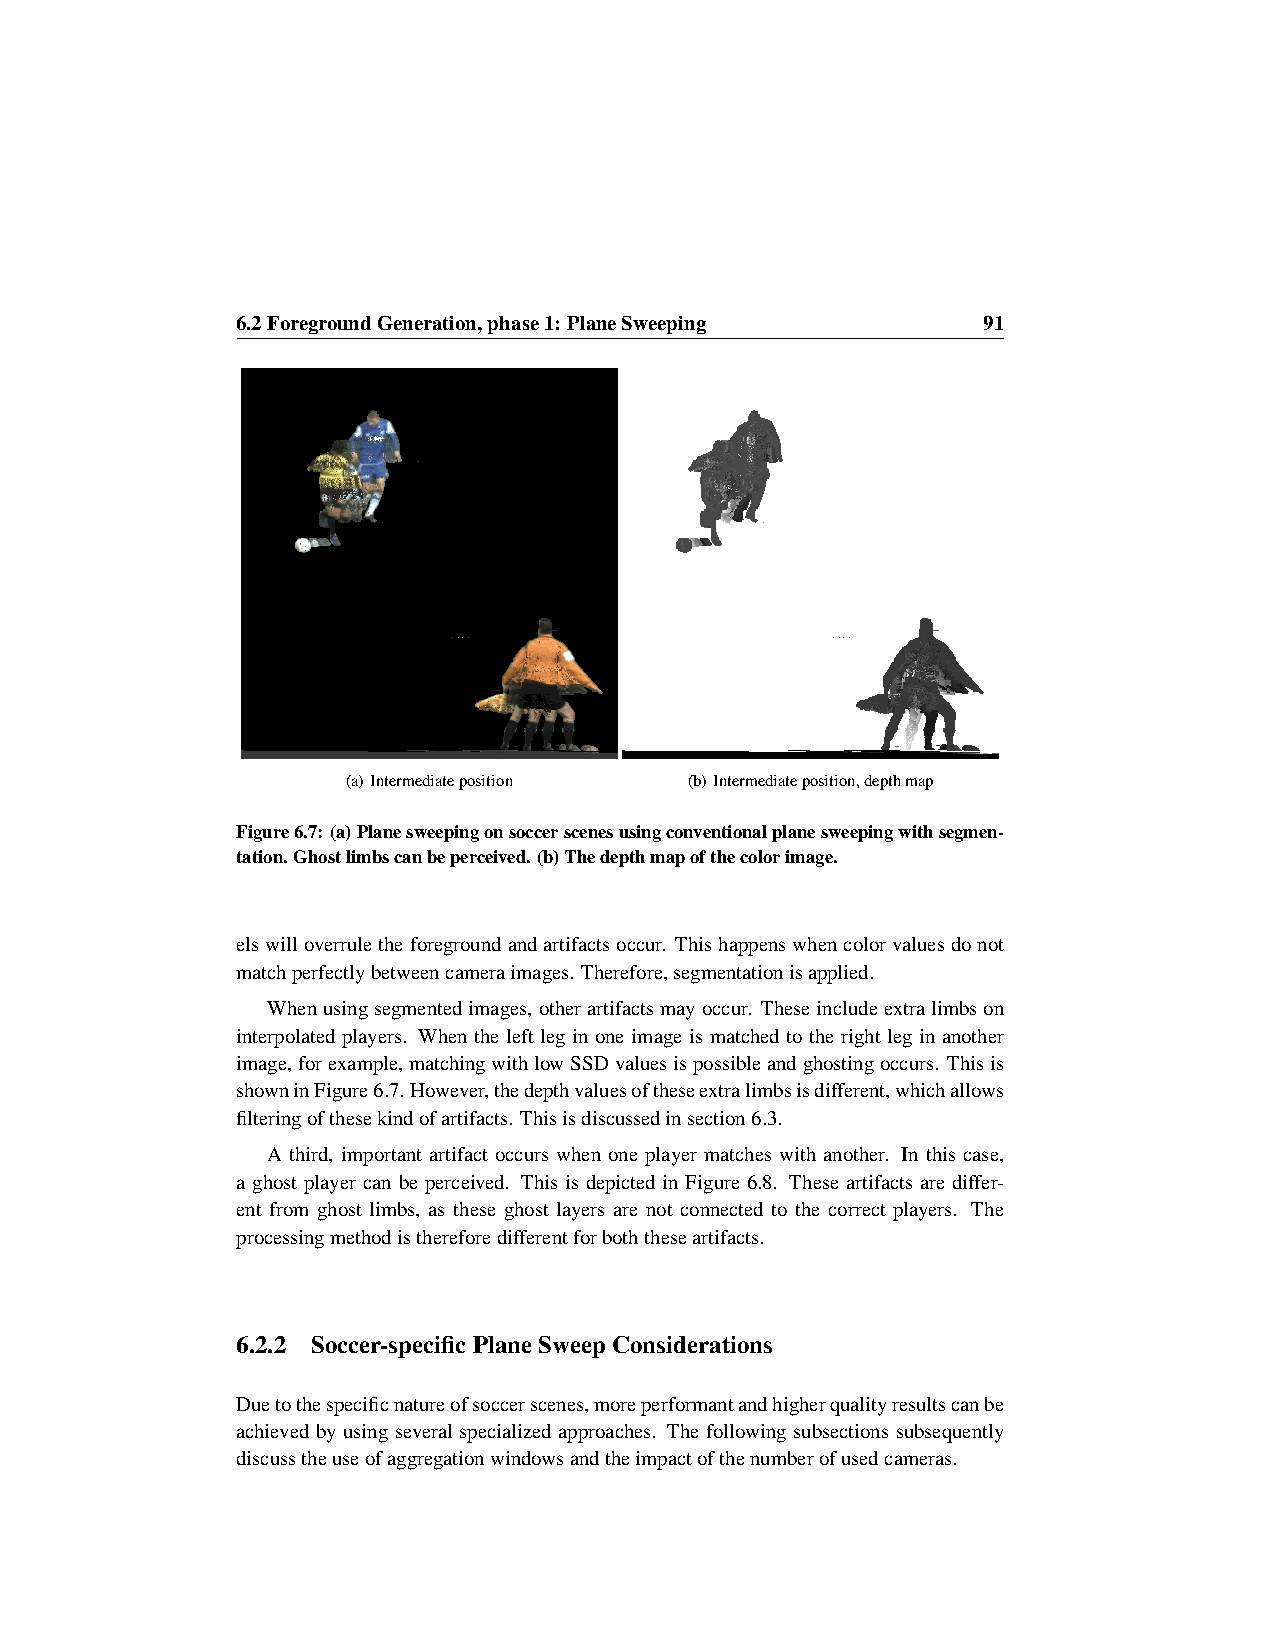
6.2ForegroundGeneration,phase1: PlaneSweeping    91
 (a) Intermediateposition (b) Intermediateposition,depthmap
 Figure6.7: (a)Planesweepingonsoccerscenesusingconventionalplanesweepingwithsegmen-
 tation.Ghostlimbscanbeperceived.(b)Thedepthmapofthecolorimage.
 elswilloverruletheforegroundandartifactsoccur. Thishappenswhencolorvaluesdonot
 matchperfectlybetweencameraimages. Therefore,segmentationisapplied.
 Whenusingsegmentedimages, otherartifactsmayoccur. Theseincludeextralimbson
 interpolated players. When the left leg in one image is matched to the right leg in another
 image,forexample,matchingwithlowSSDvaluesispossibleandghostingoccurs. Thisis
 showninFigure6.7.However,thedepthvaluesoftheseextralimbsisdifferent,whichallows
 filteringofthesekindofartifacts. Thisisdiscussedinsection6.3.
 A third, important artifact occurs when one player matches with another. In this case,
 a ghost player can be perceived. This is depicted in Figure 6.8. These artifacts are differ-
 ent from ghost limbs, as these ghost layers are not connected to the correct players. The
 processingmethodisthereforedifferentforboththeseartifacts.
 6.2.2 Soccer-specificPlaneSweepConsiderations
 Duetothespecificnatureofsoccerscenes,moreperformantandhigherqualityresultscanbe
 achieved by using several specialized approaches. The following subsections subsequently
 discusstheuseofaggregationwindowsandtheimpactofthenumberofusedcameras.